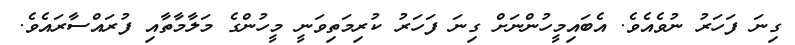
ގިނަ ފަހަރު ނުވެއެވެ. އެބައިމީހުންނަށް ގިނަ ފަހަރު ކުރިމަތިވަނީ މީހުންގެ މަލާމާތާއި ފުރައްސާރައެވެ.